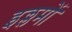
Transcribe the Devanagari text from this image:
इल्लमों